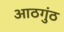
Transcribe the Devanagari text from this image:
आठगुंठ